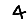
Digit: 4